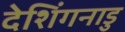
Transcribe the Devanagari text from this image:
देशिंगनाडु